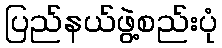
ပြည်နယ်ဖွဲ့စည်းပုံ